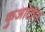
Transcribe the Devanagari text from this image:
कुआंटान